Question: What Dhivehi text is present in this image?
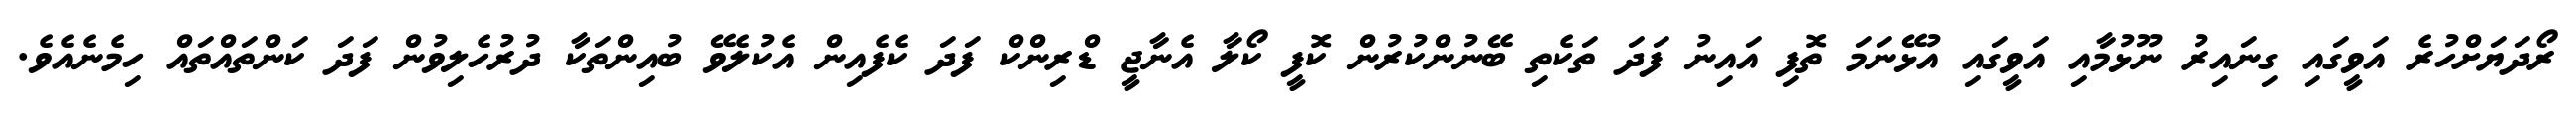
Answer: ރޯދަޔަށްހުރެ އަވީގައި ގިނައިރު ނޫޅުމާއި އަވީގައި އުޅޭނަމަ ތޮފި އައިނު ފަދަ ތަކެތި ބޭނުންކުރުން ކޮފީ ކޯލާ އެނާޖީ ޑްރިންކް ފަދަ ކެފެއިން އެކުލެވޭ ބުއިންތަކާ ދުރުހެލިވުން ފަދަ ކަންތައްތައް ހިމެނެއެވެ.